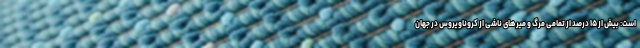
است: بیش از ۱۵ درصد از تمامی مرگ و میرهای ناشی از کروناویروس در جهان